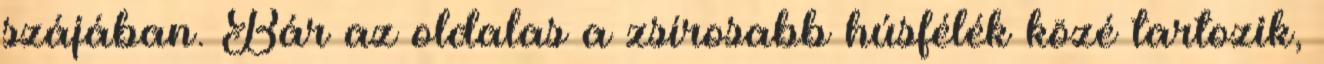
szájában. Bár az oldalas a zsírosabb húsfélék közé tartozik,